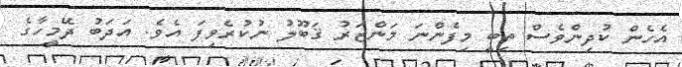
އެހެން ކުދިންވެސް ތިބީ މިފެންނަ މަންޒަރު ޤަބޫލު ނުކުރެވިފަ އެވެ. އަދަބު ދޭމީހާގެ